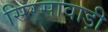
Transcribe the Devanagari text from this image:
सिरसावाड़ी